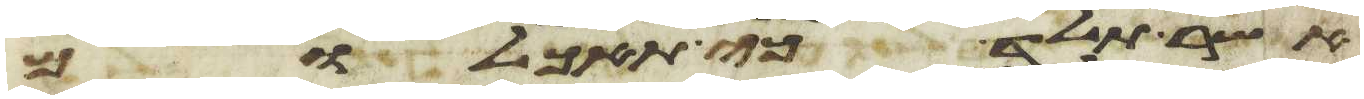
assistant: אשר תלד כי תאכלם